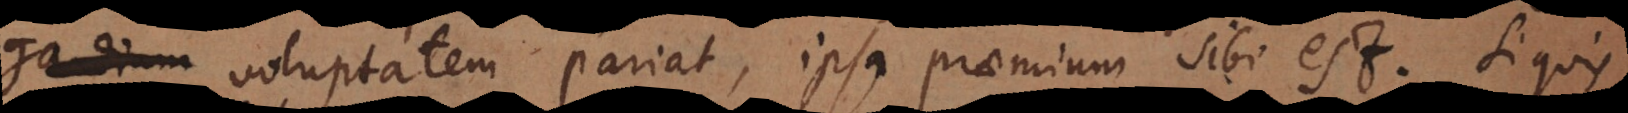
animi voluptatem pariat, ipsa praemium sibi est. Si quis